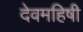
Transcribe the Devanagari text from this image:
देवमहिषी